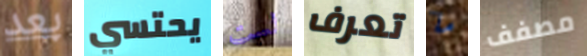
بعد يحتسي لست تعرف ما مصفف